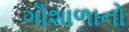
ગૌશાળાનો